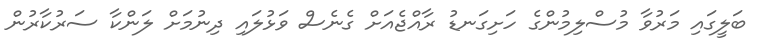
ބަލީގައި މަރުވާ މުސްލިމުންގެ ހަށިގަނޑު ރާއްޖެއަށް ގެނެސް ވަޅުލައި ދިނުމަށް ލަންކާ ސަރުކާރުން